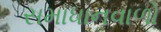
સમાધાનવાળો